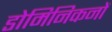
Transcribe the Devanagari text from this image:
डोमिनिकनों